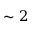
\sim 2